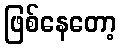
ဖြစ်နေတော့